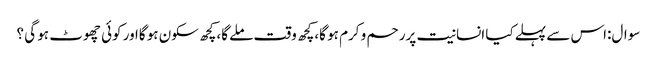
سوال:اس سے پہلے کیا انسانیت پررحم و کرم ہو گا،کچھ وقت ملے گا،کچھ سکون ہو گااور کوئی چھوٹ ہو گی ؟